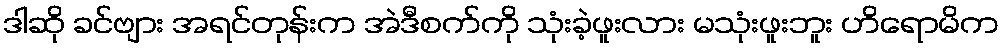
ဒါဆို ခင်ဗျား အရင်တုန်းက အဲဒီစက်ကို သုံးခဲ့ဖူးလား မသုံးဖူးဘူး ဟိရောမိက